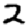
Digit: 2